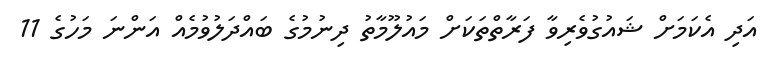
އަދި އެކަމަށް ޝައުގުވެރިވާ ފަރާތްތަކަށް މައުލޫމާތު ދިނުމުގެ ބައްދަލުވުމެއް އަންނަ މަހުގެ 11